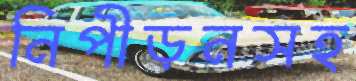
নিপীড়নসহ